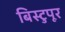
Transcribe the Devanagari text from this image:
बिस्टुपूर